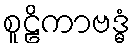
စူဠိကာဗဒ္ဓံ